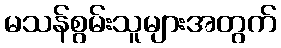
မသန်စွမ်းသူများအတွက်